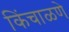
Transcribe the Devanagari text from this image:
किंचाळणे